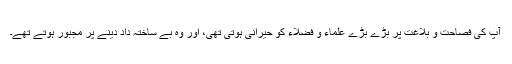
آپ کی فصاحت و بلاغت پر بڑے بڑے علماء و فضلاء کو حیرانی ہوتی تھی، اور وہ بے ساختہ داد دینے پر مجبور ہوتے تھے۔